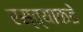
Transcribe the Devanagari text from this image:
रस्त्याकडे